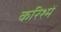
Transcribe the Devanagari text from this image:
करिश्में